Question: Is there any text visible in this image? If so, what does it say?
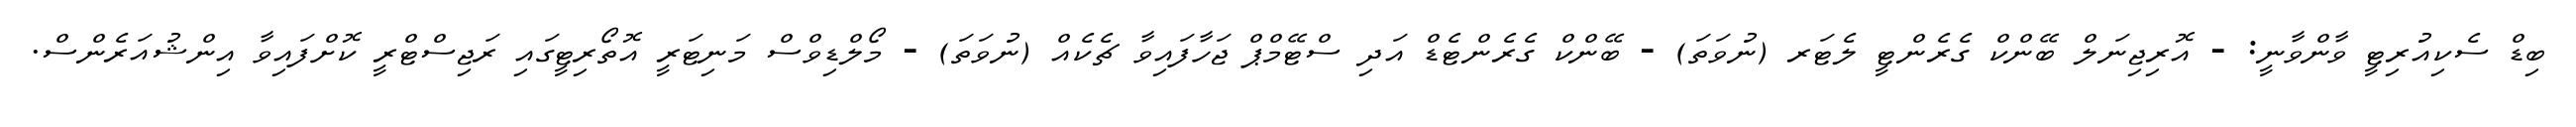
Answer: ބިޑް ސެކިއުރިޓީ ވާންވާނީ: - އޮރިޖިނަލް ބޭންކް ގެރެންޓީ ލެޓަރ (ނުވަތަ) - ބޭންކް ގެރެންޓެޑް އަދި ސްޓޭމްޕް ޖަހާފައިވާ ޗެކެއް (ނުވަތަ) - މޯލްޑިވްސް މަނިޓަރީ އޮތޯރިޓީގައި ރަޖިސްޓްރީ ކޮށްފައިވާ އިންޝުއަރެންސް.